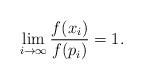
LaTeX: \begin{align*}\lim_{i\rightarrow\infty}\frac{f(x_i)}{f(p_{i})}=1.\end{align*}